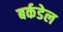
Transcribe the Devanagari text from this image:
बर्कडेल